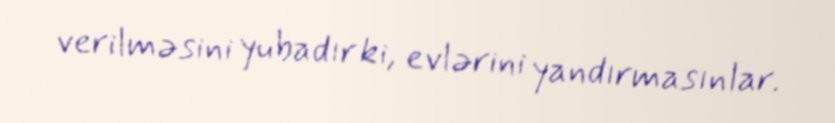
verilməsini yubadır ki, evlərini yandırmasınlar.